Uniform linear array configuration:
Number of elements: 24
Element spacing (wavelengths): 0.5
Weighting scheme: hamming
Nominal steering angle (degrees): -15
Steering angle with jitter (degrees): -15.726
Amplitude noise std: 0.05
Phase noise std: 0.05

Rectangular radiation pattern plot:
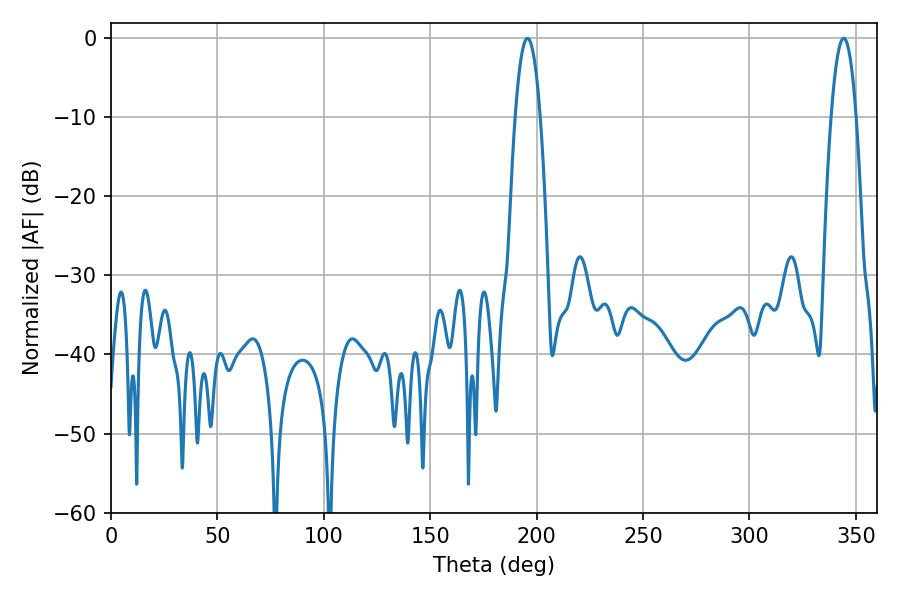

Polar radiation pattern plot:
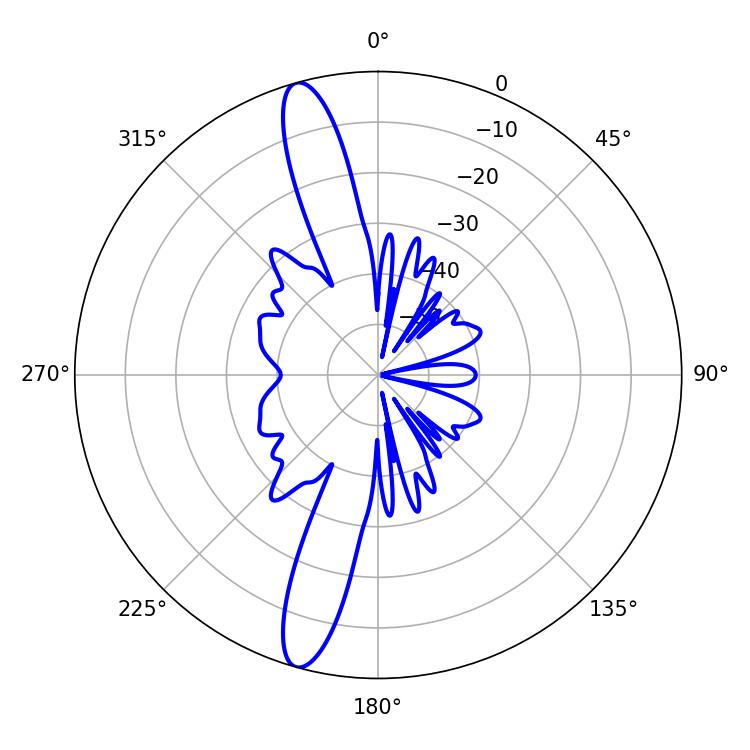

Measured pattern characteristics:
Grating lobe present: FALSE
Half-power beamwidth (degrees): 6.48
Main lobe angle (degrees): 195.66